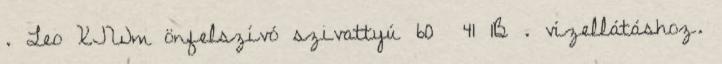
. Leo XJWm önfelszívó szivattyú 60 41 1B . vízellátáshoz.